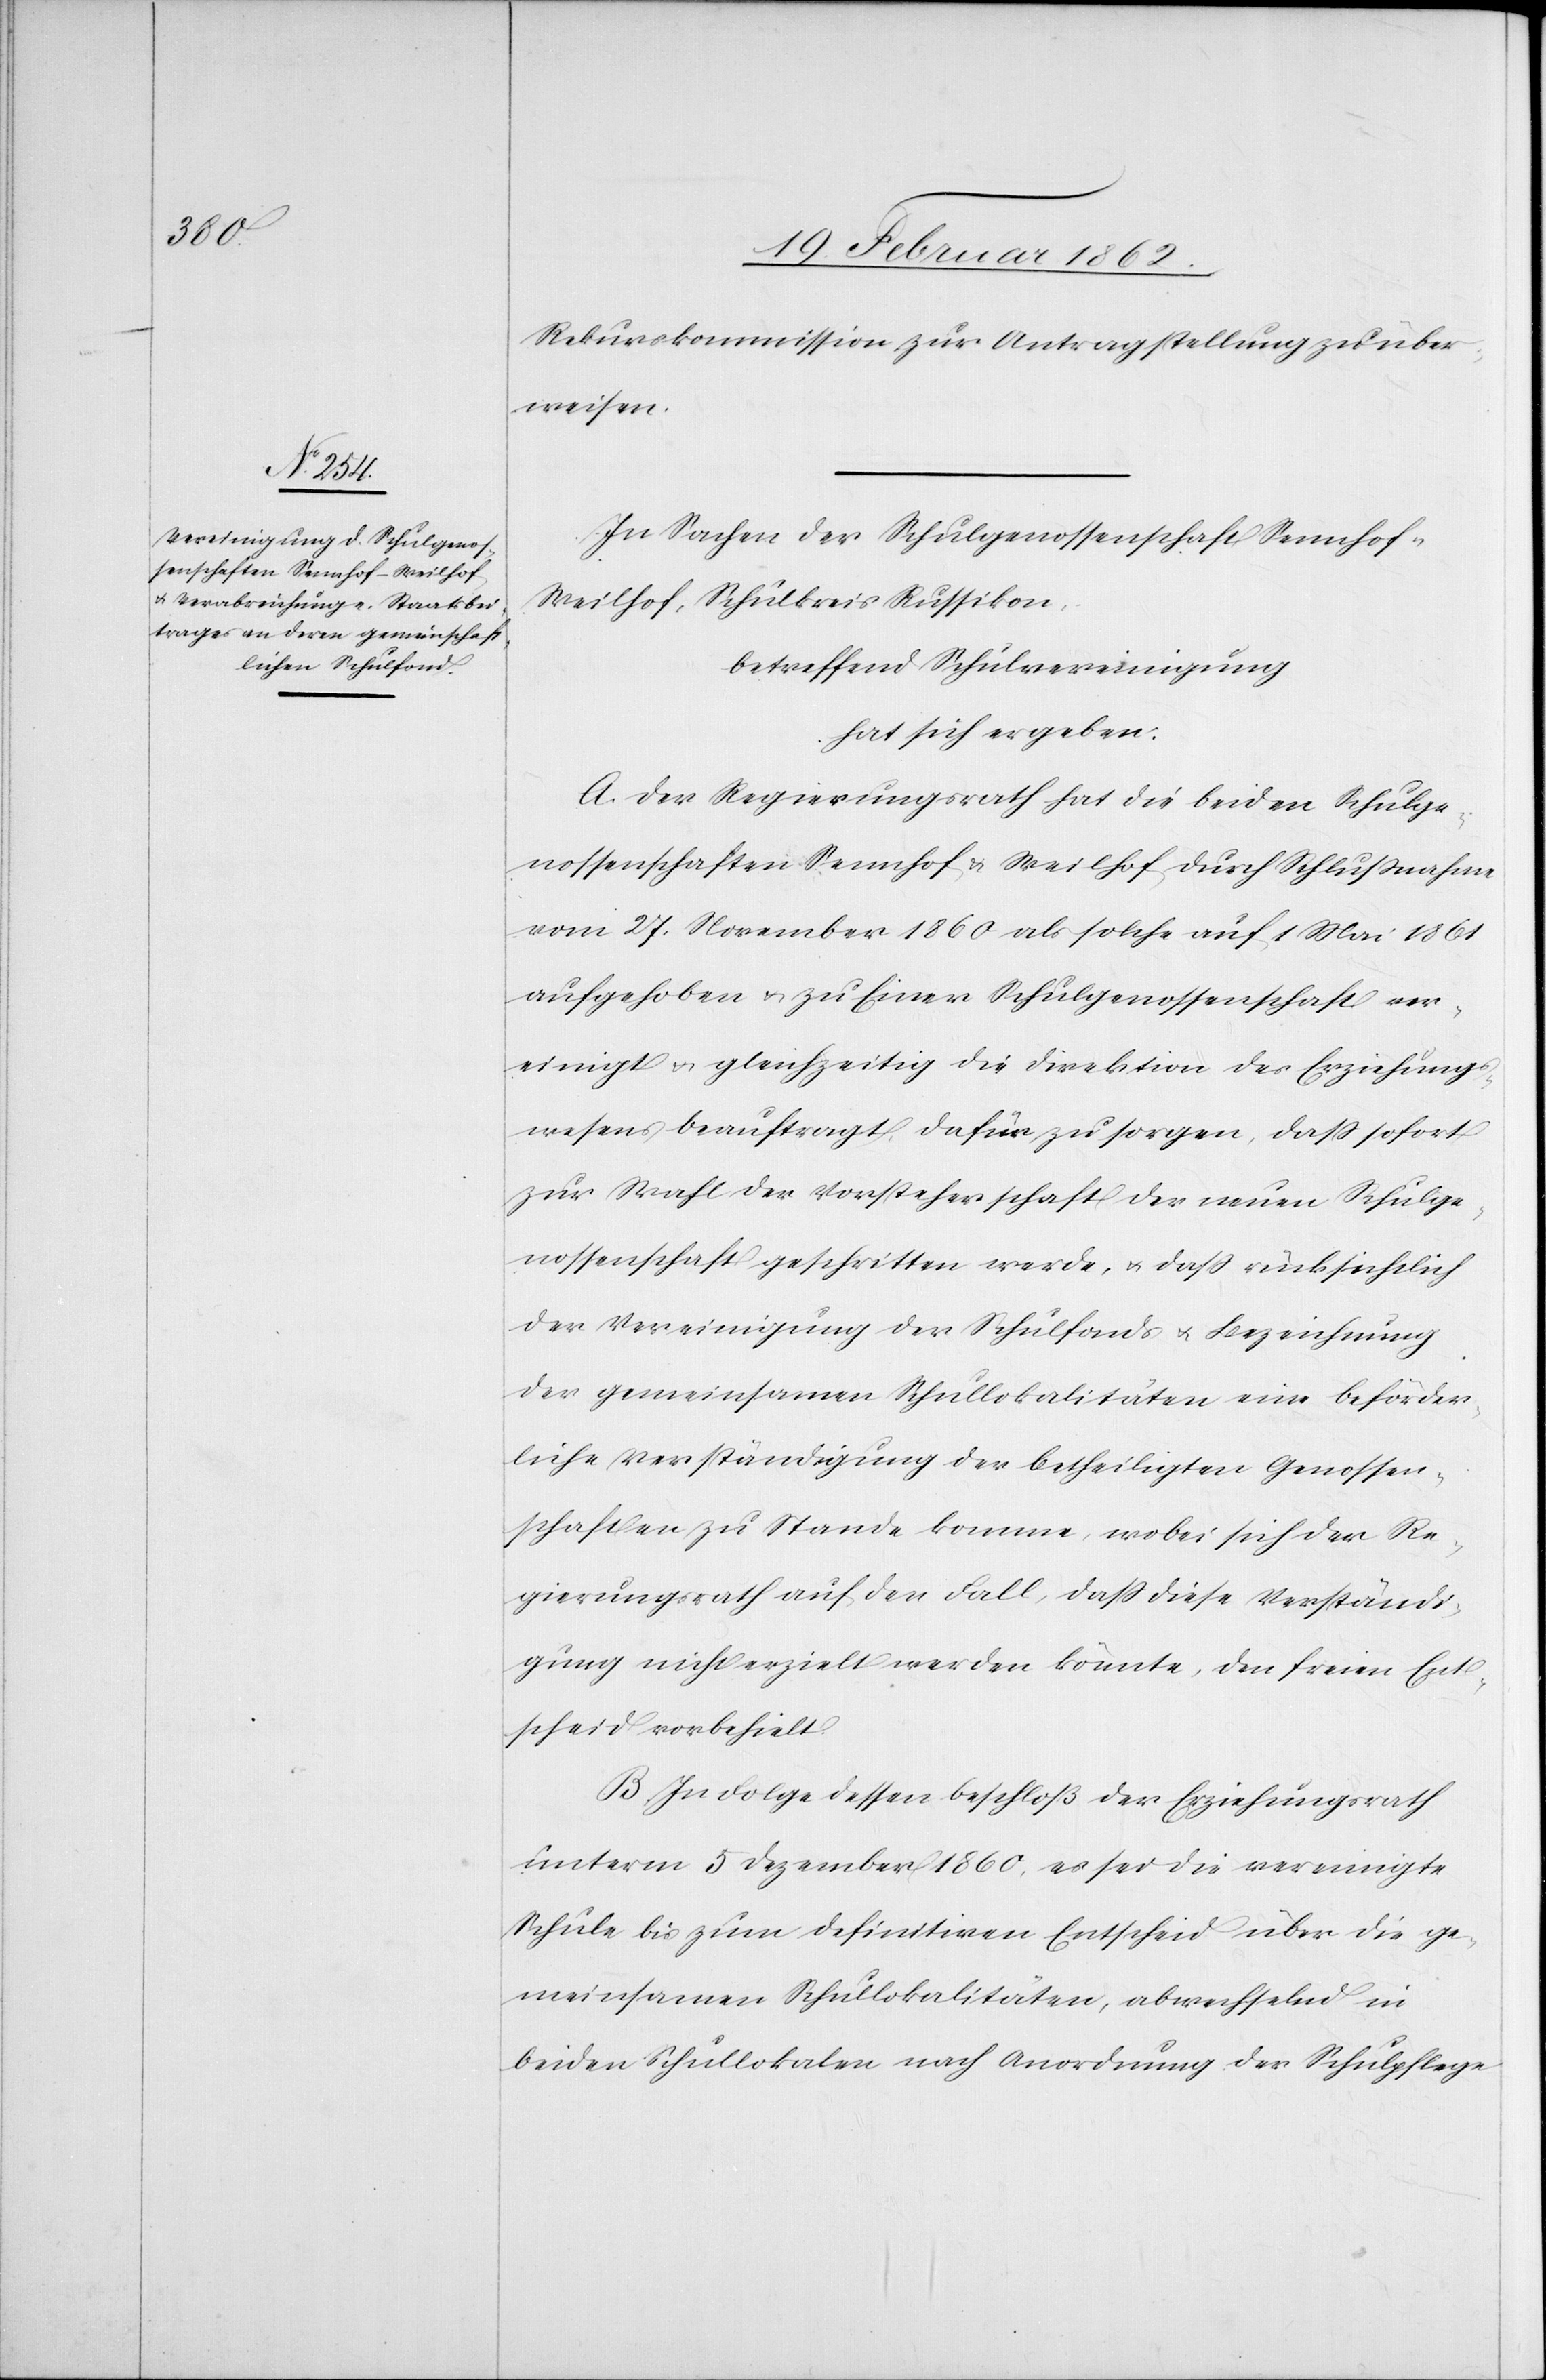
Rekurskommission zur Antragstellung zu über¬
weisen.
In Sachen der Schulgenossenschaft Sennhof-W¬
eilhof, Schulkreis Russikon,
betreffend Schulvereinigung
hat sich ergeben:
A. Der Regierungsrath hat die beiden Schulge¬
nossenschaften Sennhof & Weilhof durch Schlußnahme
vom 27. November 1860 als solche auf 1 Mai 1861
aufgehoben u. zu Einer Schulgenossenschaft ver¬
einigt & gleichzeitig die Direktion des Erziehungs¬
wesens beauftragt, dafür zu sorgen, daß sofort
zur Wahl der Vorsteherschaft der neuen Schulge¬
nossenschaft geschritten werde, u. daß rücksichtlich
der Vereinigung der Schulfonds u. Bezeichnung
der gemeinsamen Schullokalitäten eine beförder¬
liche Verständigung der betheiligten Genossen¬
schaften zu Stande komme, wobei sich der Re¬
gierungsrath auf den Fall, daß diese Verständi¬
gung nicht erzielt werden könnte, den freien Ent¬
scheid vorbehielt.
B. In Folge dessen beschloß der Erziehungsrath
unterm 5 Dezember 1860, es sei die vereinigte
Schule bis zum definitiven Entscheid über die ge¬
meinsamen Schullokalitäten, abwechselnd in
beiden Schullokalen nach Anordnung der Schulpflege